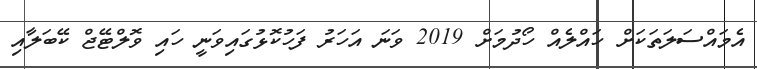
އެމައްސަލަތަކަށް ހައްލެއް ހޯދުމަށް 2019 ވަނަ އަހަރު ފަހުކޮޅުގައިވަނީ ހައި ވޮލްޓޭޖް ކޭބަލާއި